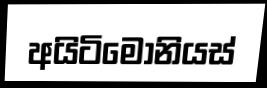
අයිටිමෝනියස්